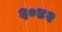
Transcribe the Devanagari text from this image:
६०४२